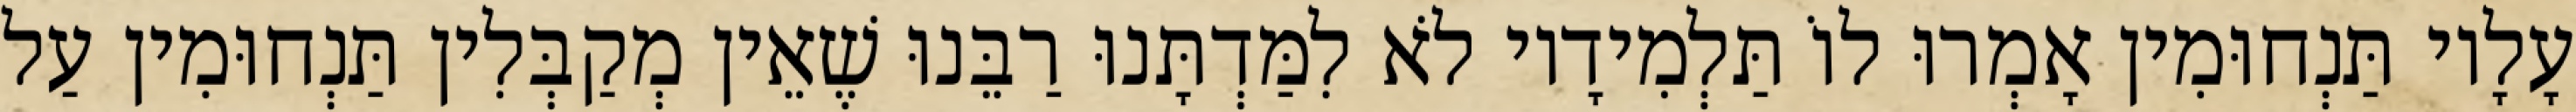
עָלָיו תַּנְחוּמִין אָמְרוּ לוֹ תַּלְמִידָיו לֹא לִמַּדְתָּנוּ רַבֵּנוּ שֶׁאֵין מְקַבְּלִין תַּנְחוּמִין עַל